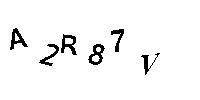
A2R87V